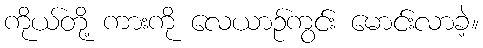
ကိုယ်တို့ ကားကို လေယာဉ်ကွင်း မောင်းလာခဲ့။